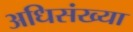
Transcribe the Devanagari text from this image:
अधिसंख्या